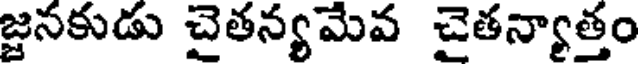
జ్జనకుడు చైతన్యమేవ చైతన్యాత్తం